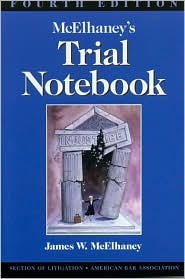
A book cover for McElhaney's Trial Notebook 4th (forth) edition Text Only; James W. McElhaney; Law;